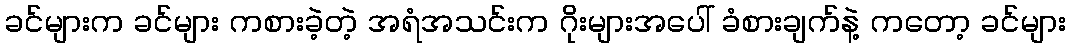
ခင်များက ခင်များ ကစားခဲ့တဲ့ အရံအသင်းက ဂိုးများအပေါ် ခံစားချက်နဲ့ ကတော့ ခင်များ